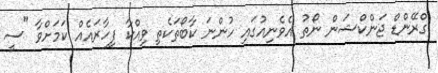
ގްރޭންޑް ޖަންކްޝަން ނޯތު އެވެނިއުގައި ހުންނަ ކާބޯތަކެތި ވިއްކާ ފިހާރައެއް ކަމަށްވާ "ސީ